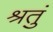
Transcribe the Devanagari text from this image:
श्रतुं